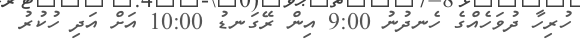
ހުރިހާ ދުވަހެއްގެ ހެނދުނު 9:00 އިން ރޭގަނޑު 10:00 އަށް އަދި ހުކުރު